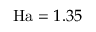
\mathrm { H a } = 1 . 3 5